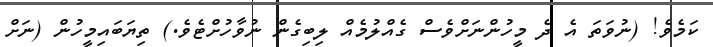
ކަމެވެ! (ނުވަތަ އެ ދެ މީހުންނަށްވެސް ގެއްލުމެއް ލިބިގެން ނުވާހުށްޓެވެ.) ތިޔަބައިމީހުން (ނަށް